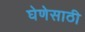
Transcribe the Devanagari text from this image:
घेणेसाठी